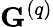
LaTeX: \mathbf{G}^{\left(q\right)}